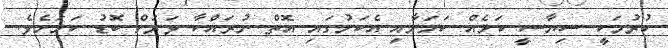
ކުރުމަކީ ސިޔާސީ ކަމެއް ކަމަށާއި އެކަމުގައި އޮތް ނުރައްކާ ވަރަށް ބޮޑު ކަމަށެވެ.